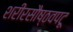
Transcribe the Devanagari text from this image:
शरीरसौष्ठवपटू